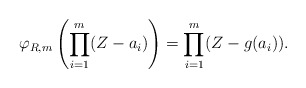
\begin{align*}\varphi_{R, m} \left(\prod_{i=1}^{m}(Z-a_i)\right) = \prod_{i=1}^{m}(Z-g(a_i)).\end{align*}